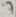
Text: 7